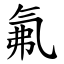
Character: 氟